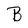
Character: B